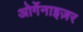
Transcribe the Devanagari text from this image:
ओर्गेनाइज़र